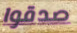
صدقوا